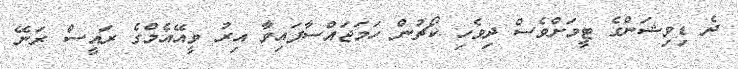
ދެ ޑިވިޝަންގެ ޓީމަށްވެސް ދިވެހި ކޯޗުން ހަމަޖައްސާފައިވާ އިރު ވީއޭއެމްގެ ރައީސް ރަނޭ